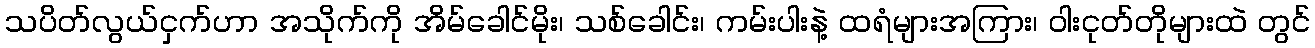
သပိတ်လွယ်ငှက်ဟာ အသိုက်ကို အိမ်ခေါင်မိုး၊ သစ်ခေါင်း၊ ကမ်းပါးနဲ့ ထရံများအကြား၊ ဝါးငုတ်တိုများထဲ တွင်